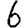
Digit: 6